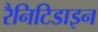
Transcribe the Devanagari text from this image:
रैनिटिडाइन